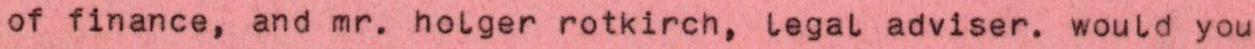
of finance, and mr. holger rotkirch, legal adviser. would you